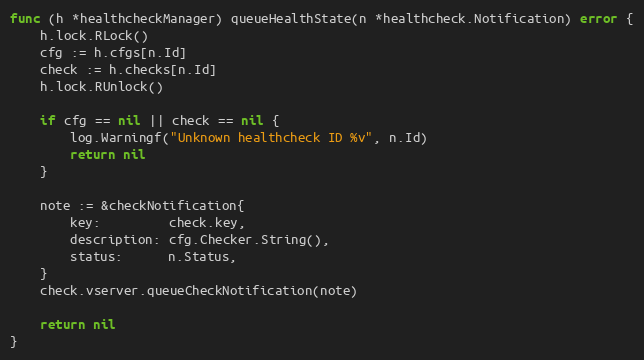
Language: Go
func (h *healthcheckManager) queueHealthState(n *healthcheck.Notification) error {
	h.lock.RLock()
	cfg := h.cfgs[n.Id]
	check := h.checks[n.Id]
	h.lock.RUnlock()

	if cfg == nil || check == nil {
		log.Warningf("Unknown healthcheck ID %v", n.Id)
		return nil
	}

	note := &checkNotification{
		key:         check.key,
		description: cfg.Checker.String(),
		status:      n.Status,
	}
	check.vserver.queueCheckNotification(note)

	return nil
}